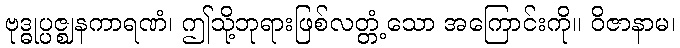
ဗုဒ္ဓုပ္ပဇ္ဈနကာရဏံ၊ ဤသို့ဘုရားဖြစ်လတ္တံ့သော အကြောင်းကို။ ဝိဇာနာမ၊